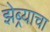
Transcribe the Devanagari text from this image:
झेब्र्याचा